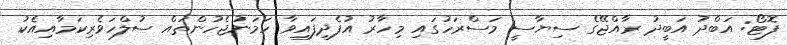
ފޮޓޯ: އަބްދު އަބީދު ރާއްޖޭގެ ސިޔާސީ މަސްރަހުގައި މިހާރު އުފެދިފައިވާ ހަމަނުޖެހުންތައް ސުލްހަވެރިކަމާއިއެކު